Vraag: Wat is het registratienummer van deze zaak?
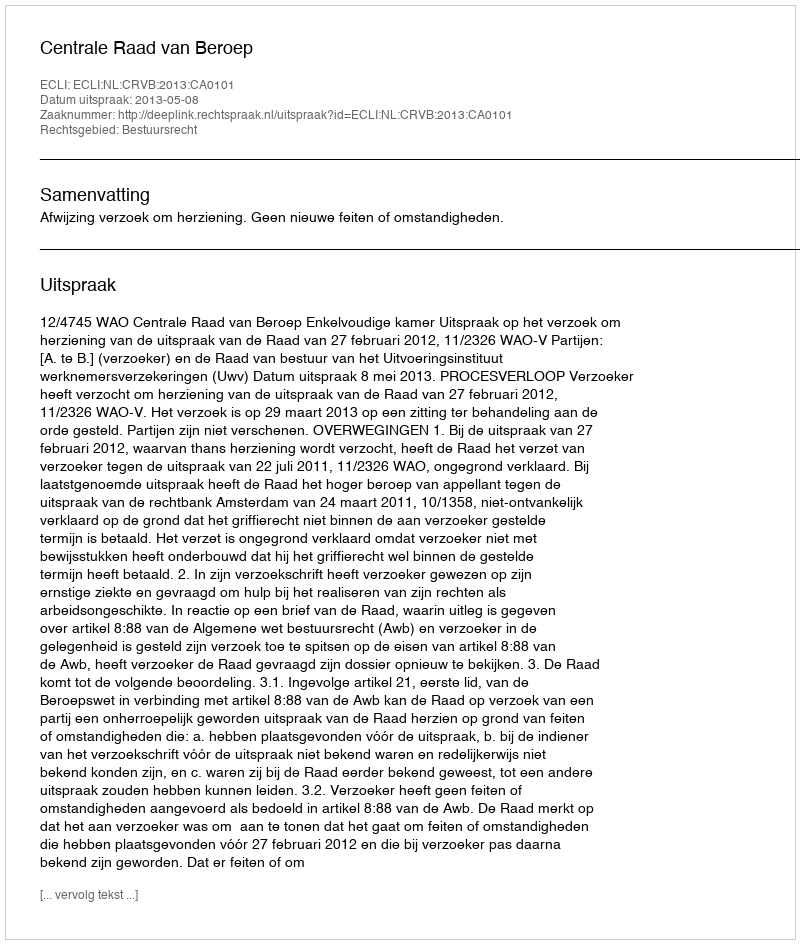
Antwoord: http://deeplink.rechtspraak.nl/uitspraak?id=ECLI:NL:CRVB:2013:CA0101